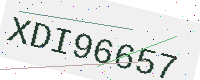
Text: XDI96657